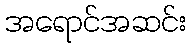
အရောင်အဆင်း